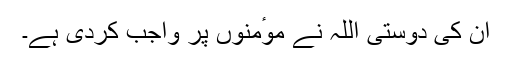
ان کی دوستی اللہ نے موٴمنوں پر واجب کردی ہے۔